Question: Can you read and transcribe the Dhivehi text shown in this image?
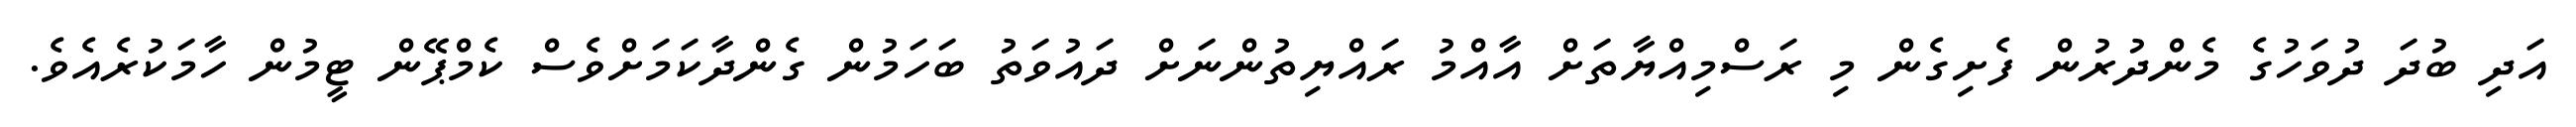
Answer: އަދި ބުދަ ދުވަހުގެ މެންދުރުން ފެށިގެން މި ރަސްމިއްޔާތަށް އާއްމު ރައްޔިތުންނަށް ދައުވަތު ބަހަމުން ގެންދާކަމަށްވެސް ކެމްޕޭން ޓީމުން ހާމަކުރެއެވެ.